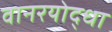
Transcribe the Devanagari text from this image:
वानरयोद्धा